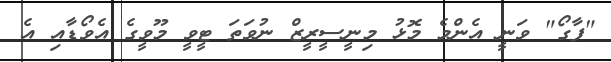
"ފާގޯ" ވަނީ އެންމެ މޮޅު މިނީސީރީޒް ނުވަތަ ޓީވީ މޫވީގެ އެވޯޑާއި އެ